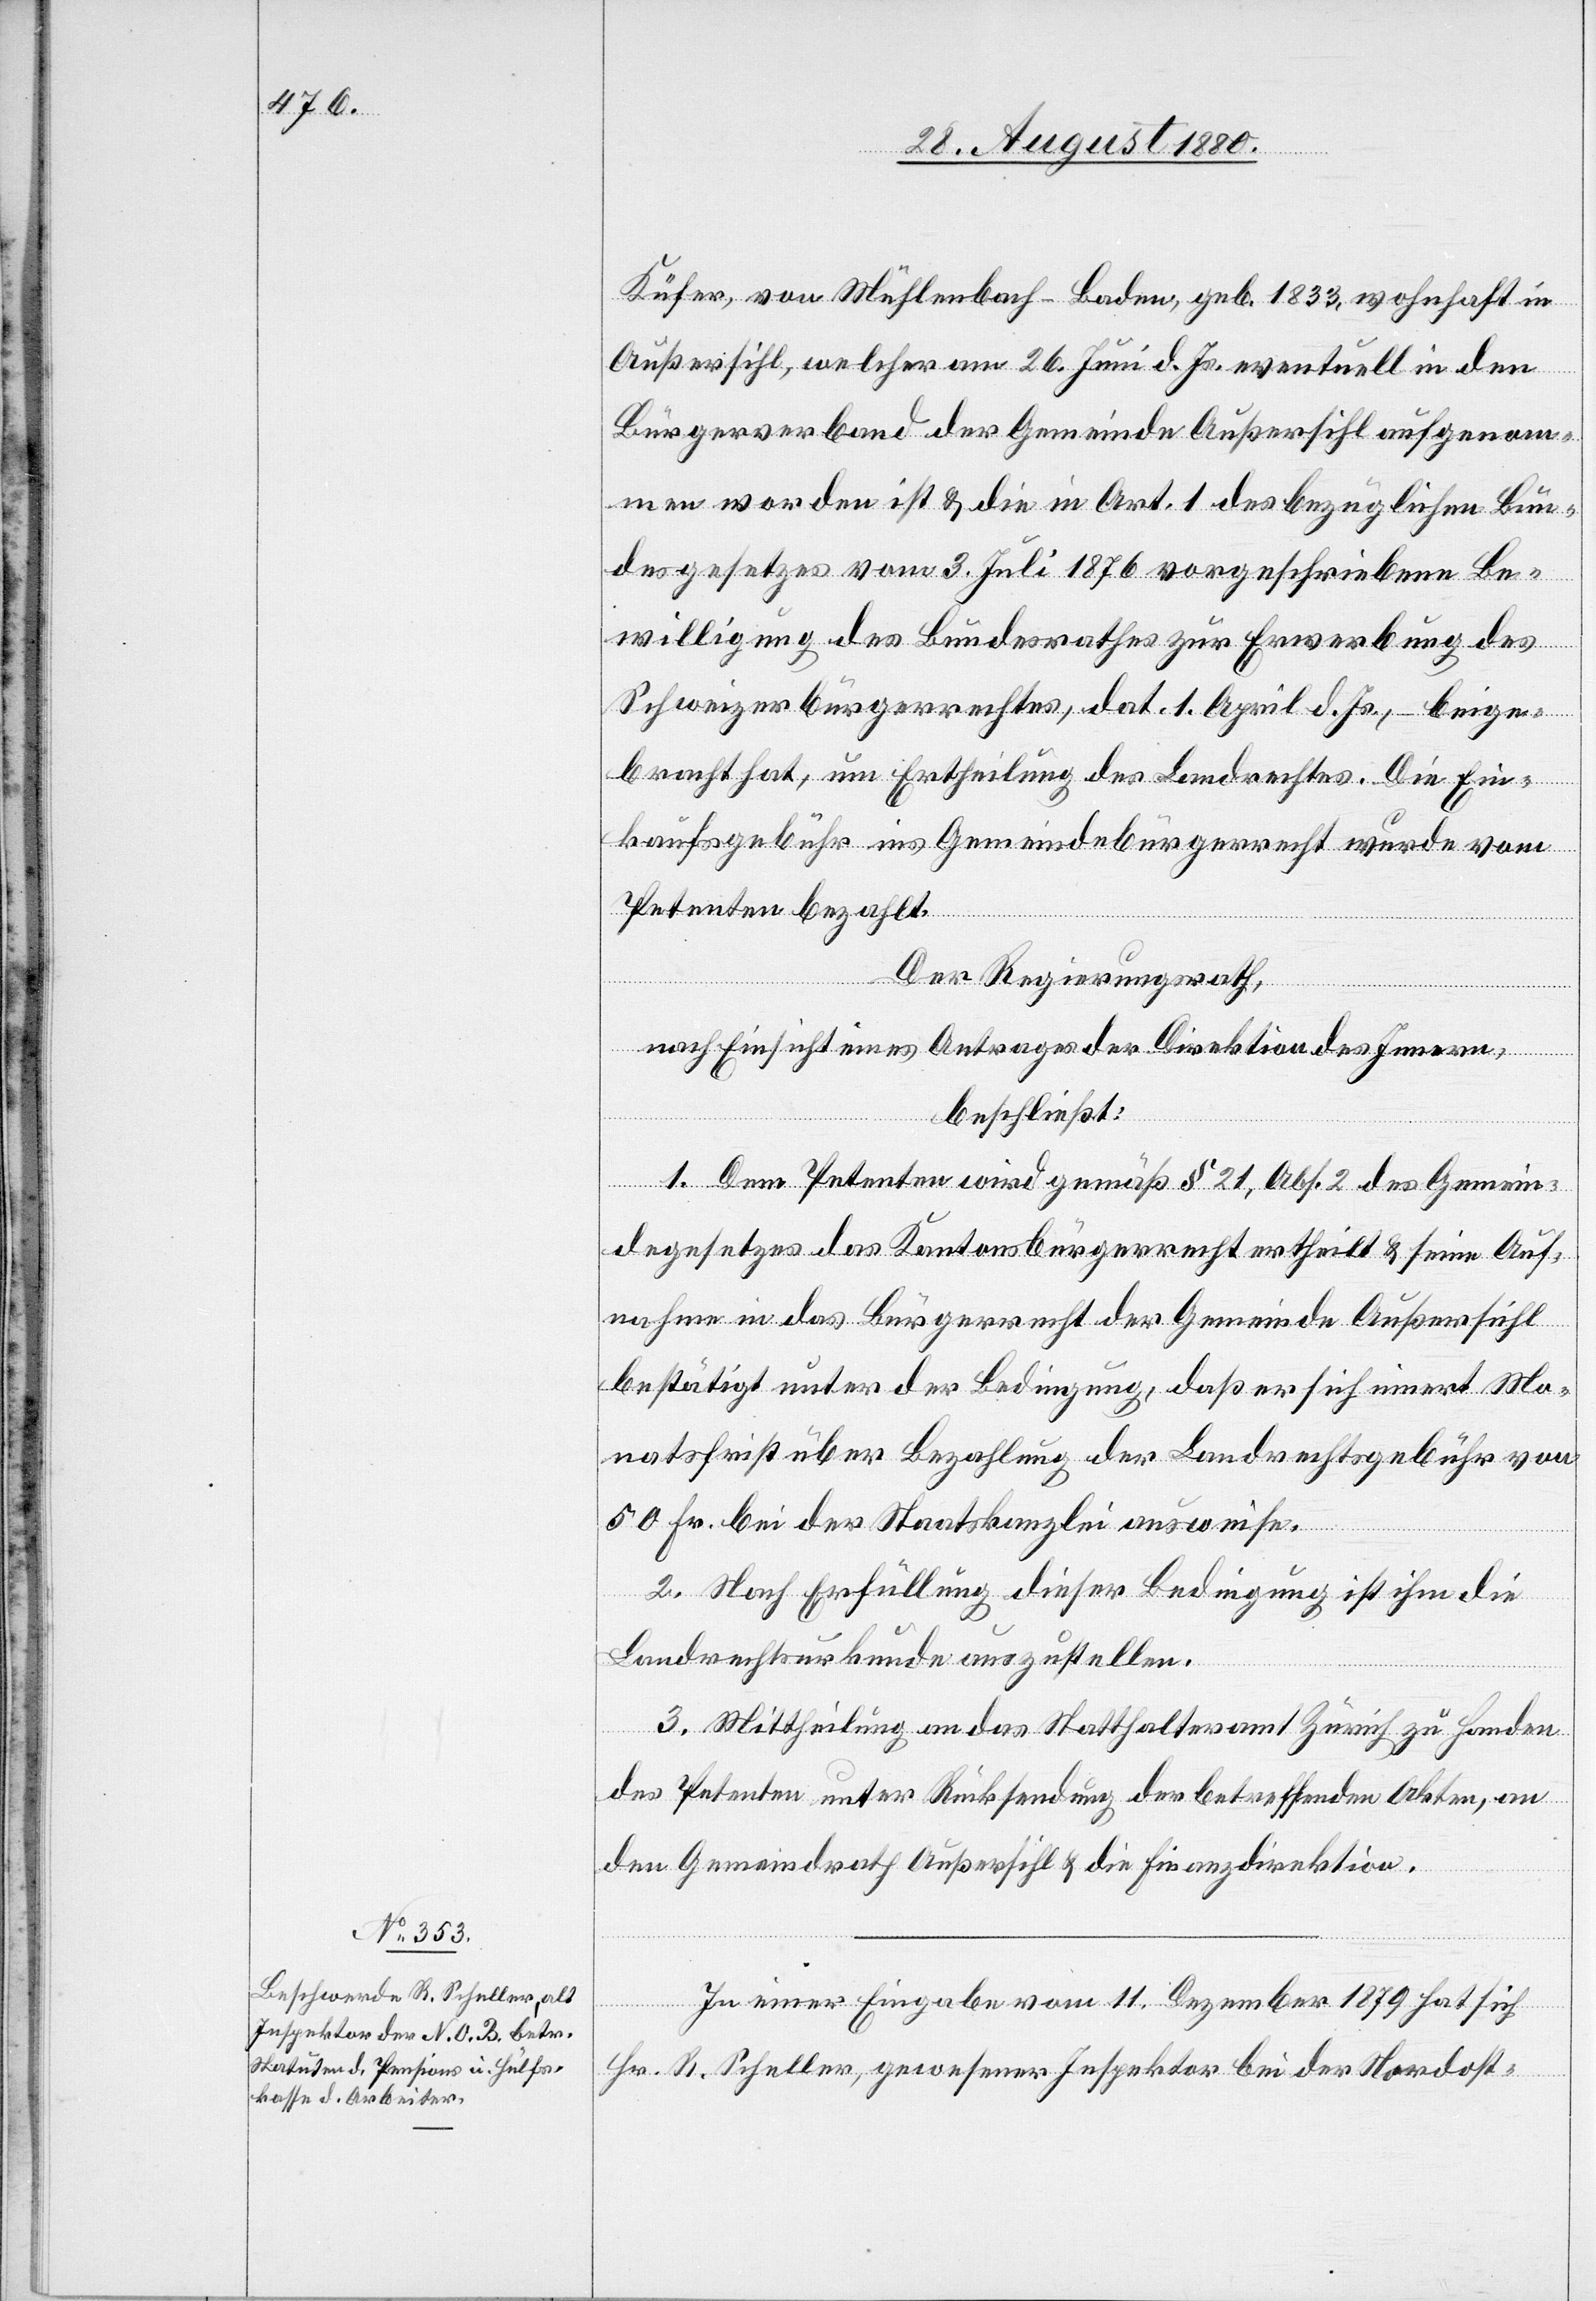
Küfer, von Mühlenbach - Baden, geb. 1833, wohnhaft in
Außersihl, welcher am 26. Juni d. Js. eventuell in den
Bürgerverband der Gemeinde Außersihl aufgenom¬
men worden ist & die in Art. 1 des bezüglichen Bun¬
desgesetzes vom 3. Juli 1876 vorgeschriebene Be¬
willigung des Bundesrathes zur Erwerbung des
Schweizerbürgerrechtes, dat. 1. April d. Js., – beige¬
bracht hat, um Ertheilung des Landrechtes. die Ein¬
kaufsgebühr ins Gemeindebürgerrecht wurde vom
Petenten bezahlt.
Der Regierungsrath,
nach Einsicht eines Antrages der Direktion des Innern,
beschließt:
1. Dem Petenten wird gemäß § 21, Abs. 2 des Gemein¬
degesetzes das Kantonsbürgerrecht ertheilt & seine Auf¬
nahme in das Bürgerrecht der Gemeinde Außersihl
bestätigt unter der Bedingung, daß er sich innert Mo¬
natsfrist über Bezahlung der Landrechtsgebühr von
50 Fr. bei der Staatskanzlei ausweise.
2. Nach Erfüllung dieser Bedingung ist ihm die
Landrechtsurkunde auszustellen.
3. Mittheilung an das Statthalteramt Zürich zu Handen
des Petenten unter Rücksendung der betreffenden Akten, an
den Gemeindrath Außersihl & die Finanzdirektion.
In einer Eingabe vom 11. Dezember 1879 hat sich
Hr. R. Scheller, gewesener Inspektor bei der Nordost-